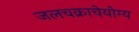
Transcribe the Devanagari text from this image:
जलचक्राचेयोग्य